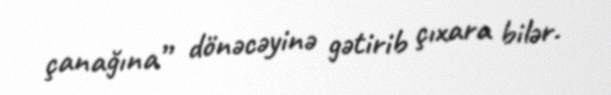
çanağına” dönəcəyinə gətirib çıxara bilər.